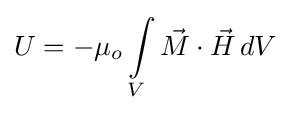
U=-\mu _{o}\int \limits _{V}{{\vec {M}}\cdot {\vec {H}}\,dV}\,\!